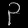
Digit: ၃